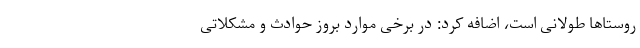
روستاها طولانی است، اضافه کرد: در برخی موارد بروز حوادث و مشکلاتی